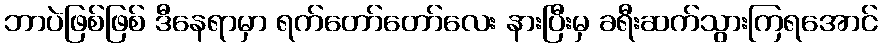
ဘာပဲဖြစ်ဖြစ် ဒီနေရာမှာ ရက်တော်တော်လေး နားပြီးမှ ခရီးဆက်သွားကြရအောင်